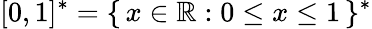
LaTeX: [0,1]^{\ast}=\{ \, x\in\mathbb{R}:0\leq x\leq 1\, \} ^{\ast}